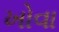
ખોવા